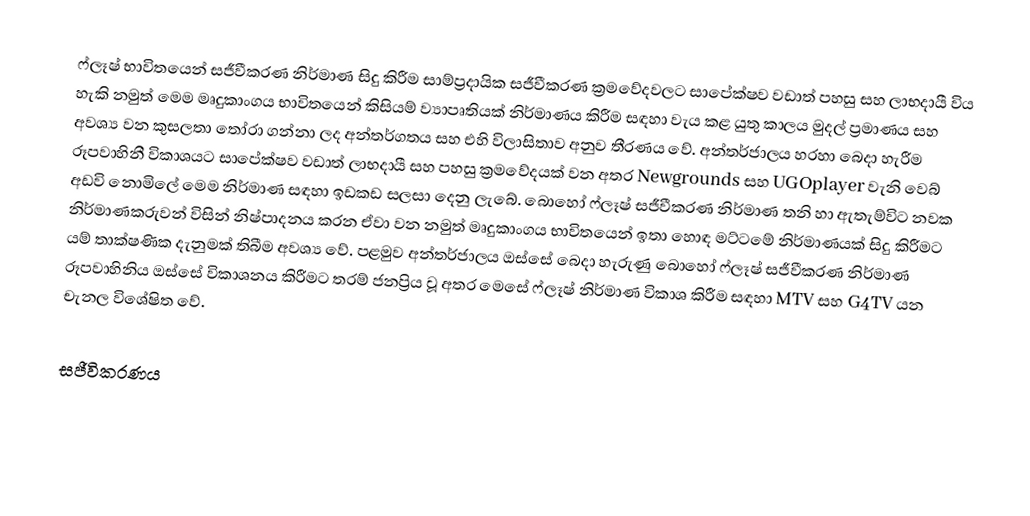
ෆ්ලෑෂ් භාවිතයෙන් සජීවීකරණ නිර්මාණ සිදු කිරීම සාම්ප්‍රදායික සජීවීකරණ ක්‍රමවේදවලට සාපේක්ෂව වඩාත් පහසු සහ ලාභදායී විය හැකි නමුත් මෙම මෘදුකාංගය භාවිතයෙන් කිසියම් ව්‍යාපෘතියක් නිර්මාණය කිරීම සඳහා වැය කළ යුතු කාලය මුදල් ප්‍රමාණය සහ අවශ්‍ය වන කුසලතා තෝරා ගන්නා ලද අන්තර්ගතය සහ එහි විලාසිතාව අනුව තීරණය වේ. අන්තර්ජාලය හරහා බෙදා හැරීම රූපවාහිනී විකාශයට සාපේක්ෂව වඩාත් ලාභදායී සහ පහසු ක්‍රමවේදයක් වන අතර Newgrounds සහ UGOplayer වැනි වෙබ් අඩවි නොමිලේ මෙම නිර්මාණ සඳහා ඉඩකඩ සලසා දෙනු ලැබේ. බොහෝ ෆ්ලෑෂ් සජීවීකරණ නිර්මාණ තනි හා ඇතැම්විට නවක නිර්මාණකරුවන් විසින් නිෂ්පාදනය කරන ඒවා වන නමුත් මෘදුකාංගය භාවිතයෙන් ඉතා හොඳ මට්ටමේ නිර්මාණයක් සිදු කිරීමට යම් තාක්ෂණික දැනුමක් තිබීම අවශ්‍ය වේ. පළමුව අන්තර්ජාලය ඔස්සේ බෙදා හැරුණු බොහෝ ‍ෆ්ලෑෂ් සජීවීකරණ නිර්මාණ රූපවාහිනිය ඔස්සේ විකාශනය කිරීමට තරම් ජනප්‍රිය වූ අතර මෙසේ ‍‍ෆ්ලෑෂ් නිර්මාණ විකාශ කිරීම සඳහා MTV  සහ G4TV යන චැනල විශේෂිත වේ.

සජීවිකරණය